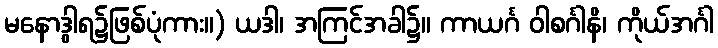
မနောဒွါရ၌ဖြစ်ပုံကား။) ယဒါ၊ အကြင်အခါ၌။ ကာယင်္ဂ ဝါစင်္ဂါနိ၊ ကိုယ်အင်္ဂါ